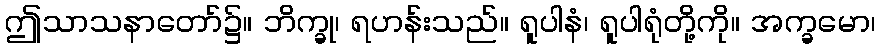
ဤသာသနာတော်၌။ ဘိက္ခု၊ ရဟန်းသည်။ ရူပါနံ၊ ရူပါရုံတို့ကို။ အက္ခမော၊